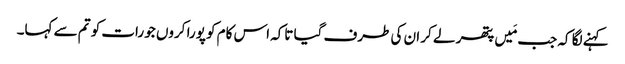
کہنے لگا کہ جب مَیں پتھر لے کر ان کی طرف گیا تاکہ اس کام کو پورا کروں جو رات کو تم سے کہا۔